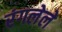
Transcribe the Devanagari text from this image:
रंगलेले